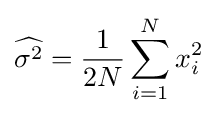
{\widehat {\sigma ^{2}}}=\!\,{\frac {1}{2N}}\sum _{i=1}^{N}x_{i}^{2}